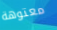
معتوهة